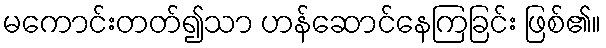
မကောင်းတတ်၍သာ ဟန်ဆောင်နေကြခြင်း ဖြစ်၏။